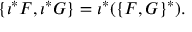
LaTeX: \{ \iota ^ { * } F , \iota ^ { * } G \} = \iota ^ { * } ( \{ F , G \} ^ { * } ) .